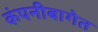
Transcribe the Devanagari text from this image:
कंपनीबागेत